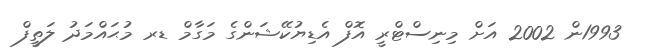
1993ން 2002 އަށް މިނިސްޓްރީ އޮފް އެޑިޔުކޭޝަންގެ މަގާމް ޑރ މުޙައްމަދު ލަތީފް